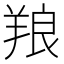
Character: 羪